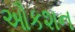
ઔકશન